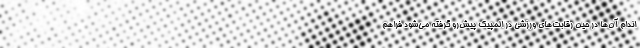
اندام آن‌ها در حین رقابت‌های ورزشی در المپیک پیش‌رو گرفته می‌شود فراهم